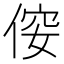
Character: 𠊢